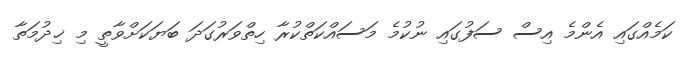
ކަމެއްގައި އެންމެ އިސް ސަފުގައި ނުކުމެ މަސައްކަތްކުރާ ހިތްވަރުގަދަ ބަޔަކަށްވާތީ މި ޚިދުމަތާ